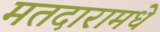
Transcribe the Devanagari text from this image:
मतदारामधे